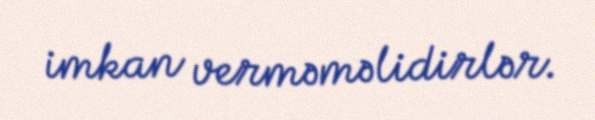
imkan verməməlidirlər.